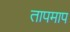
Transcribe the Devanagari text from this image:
तापमाप